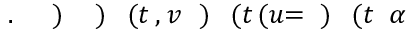
\! \! \! \! \! \! \! \! \! \! \! \alpha \! \! \! \! \! \! \! \! \! \! \! \! ( t \! \! \! \! \! \! \! \! \! \! \! \! ) \! \! \! \! \! \! \! \! \! \! \! \! = \! \! \! \! \! \! \! \! \! \! \! \! ( u \! \! \! \! \! \! \! \! \! \! \! \! ( t \! \! \! \! \! \! \! \! \! \! \! \! ) \! \! \! \! \! \! \! \! \! \! \! \! , v \! \! \! \! \! \! \! \! \! \! \! \! ( t \! \! \! \! \! \! \! \! \! \! \! \! ) \! \! \! \! \! \! \! \! \! \! \! \! ) \! \! \! \! \! \! \! \! \! \! \! \! . \! \! \! \! \! \! \! \! \! \! \!